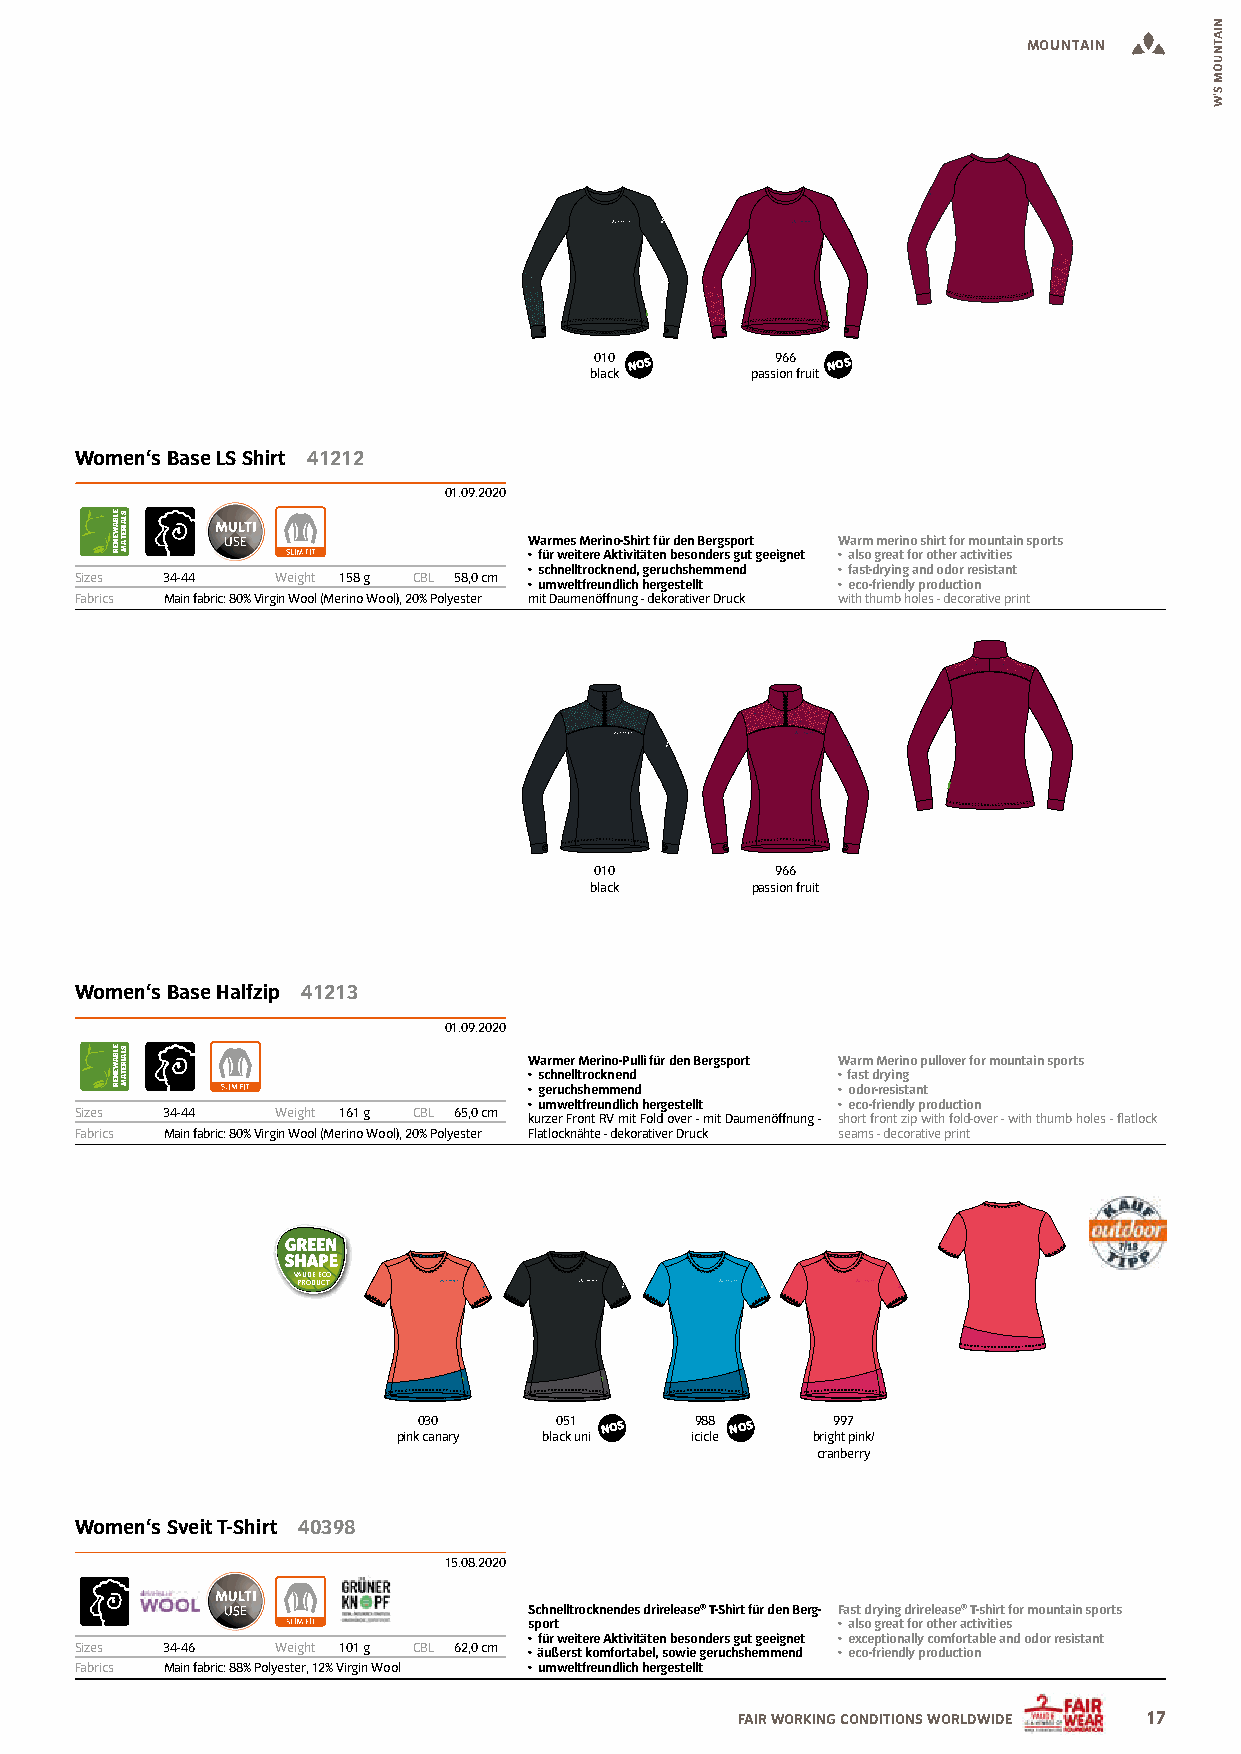
MOUNTAIN
 010 NOS     966 NOS
 black      passion fruit
 Women‘s Base LS Shirt 41212
 01.09.2020
 Warmes Merino-Shirt für den Bergsport Warm merino shirt for mountain sports
 • für weitere Aktivitäten besonders gut geeignet • also great for other activities
 • schnelltrocknend, geruchshemmend • fast-drying and odor resistant
 Sizes 34-44  Weight 158 g CBL 58,0 cm
 • umweltfreundlich hergestellt • eco-friendly production
 Fabrics Main fabric: 80% Virgin Wool (Merino Wool), 20% Polyester mit Daumenöffnung - dekorativer Druck with thumb holes - decorative print
 010         966
 black      passion fruit
 Women‘s Base Halfzip 41213
 01.09.2020
 Warmer Merino-Pulli für den Bergsport Warm Merino pullover for mountain sports
 • schnelltrocknend  • fast drying
 • geruchshemmend    • odor-resistant
 • umweltfreundlich hergestellt • eco-friendly production
 Sizes 34-44  Weight 161 g CBL 65,0 cm kurzer Front RV mit Fold over - mit Daumenöffnung - short front zip with fold-over - with thumb holes - flatlock
 Fabrics Main fabric: 80% Virgin Wool (Merino Wool), 20% Polyester Flatlocknähte - dekorativer Druck seams - decorative print
 VAUDE ECO
 PRODUCT
 030      051 NOS  988 NOS  997
 pink canary black uni icicle bright pink/
 cranberry
 Women‘s Sveit T-Shirt 40398
 15.08.2020
 Schnelltrocknendes drirelease® T-Shirt für den Berg- Fast drying drirelease® T-shirt for mountain sports
 sport               • also great for other activities
 • für weitere Aktivitäten besonders gut geeignet • exceptionally comfortable and odor resistant
 Sizes 34-46  Weight 101 g CBL 62,0 cm • äußerst komfortabel, sowie geruchshemmend • eco-friendly production
 Fabrics Main fabric: 88% Polyester, 12% Virgin Wool • umweltfreundlich hergestellt
 FAIR WORKING CONDITIONS WORLDWIDE 17
 ELBAWENER
 ELBAWENER
 SLAIRETAM
 SLAIRETAM
 NIATNUOM
 S’W